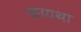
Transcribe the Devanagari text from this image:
कायथा